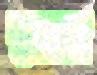
ডাকার